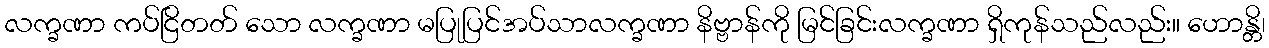
လက္ခဏာ ကပ်ငြိတတ် သော လက္ခဏာ မပြုပြင်အပ်သာလက္ခဏာ နိဗ္ဗာန်ကို မြင်ခြင်းလက္ခဏာ ရှိကုန်သည်လည်း။ ဟောန္တိ၊